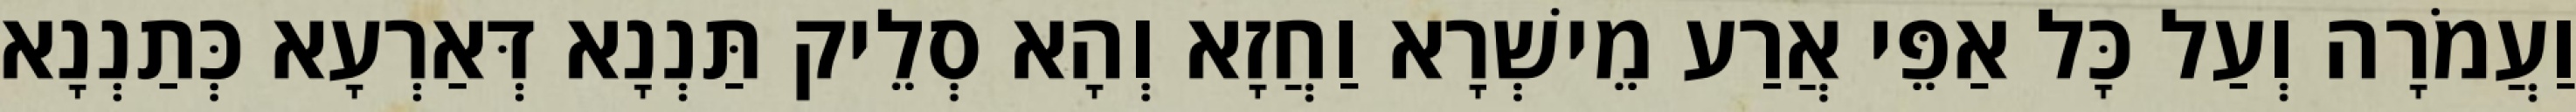
וַעֲמֹרָה וְעַל כָּל אַפֵּי אֲרַע מֵישְׁרָא וַחֲזָא וְהָא סְלֵיק תַּנְנָא דְּאַרְעָא כְּתַנְנָא